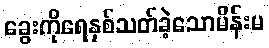
ခွေးကိုရေနှစ်သတ်ခဲ့သောမိန်းမ